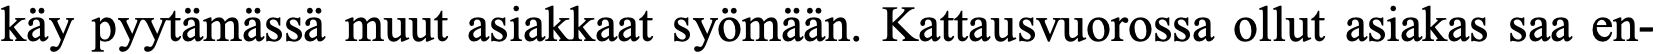
käy pyytämässä muut asiakkaat syömään. Kattausvuorossa ollut asiakas saa en-